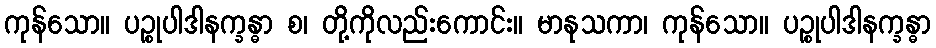
ကုန်သော။ ပဉ္စုပါဒါနက္ခန္ဓာ စ၊ တို့ကိုလည်းကောင်း။ မာနုသကာ၊ ကုန်သော။ ပဉ္စုပါဒါနက္ခန္ဓာ